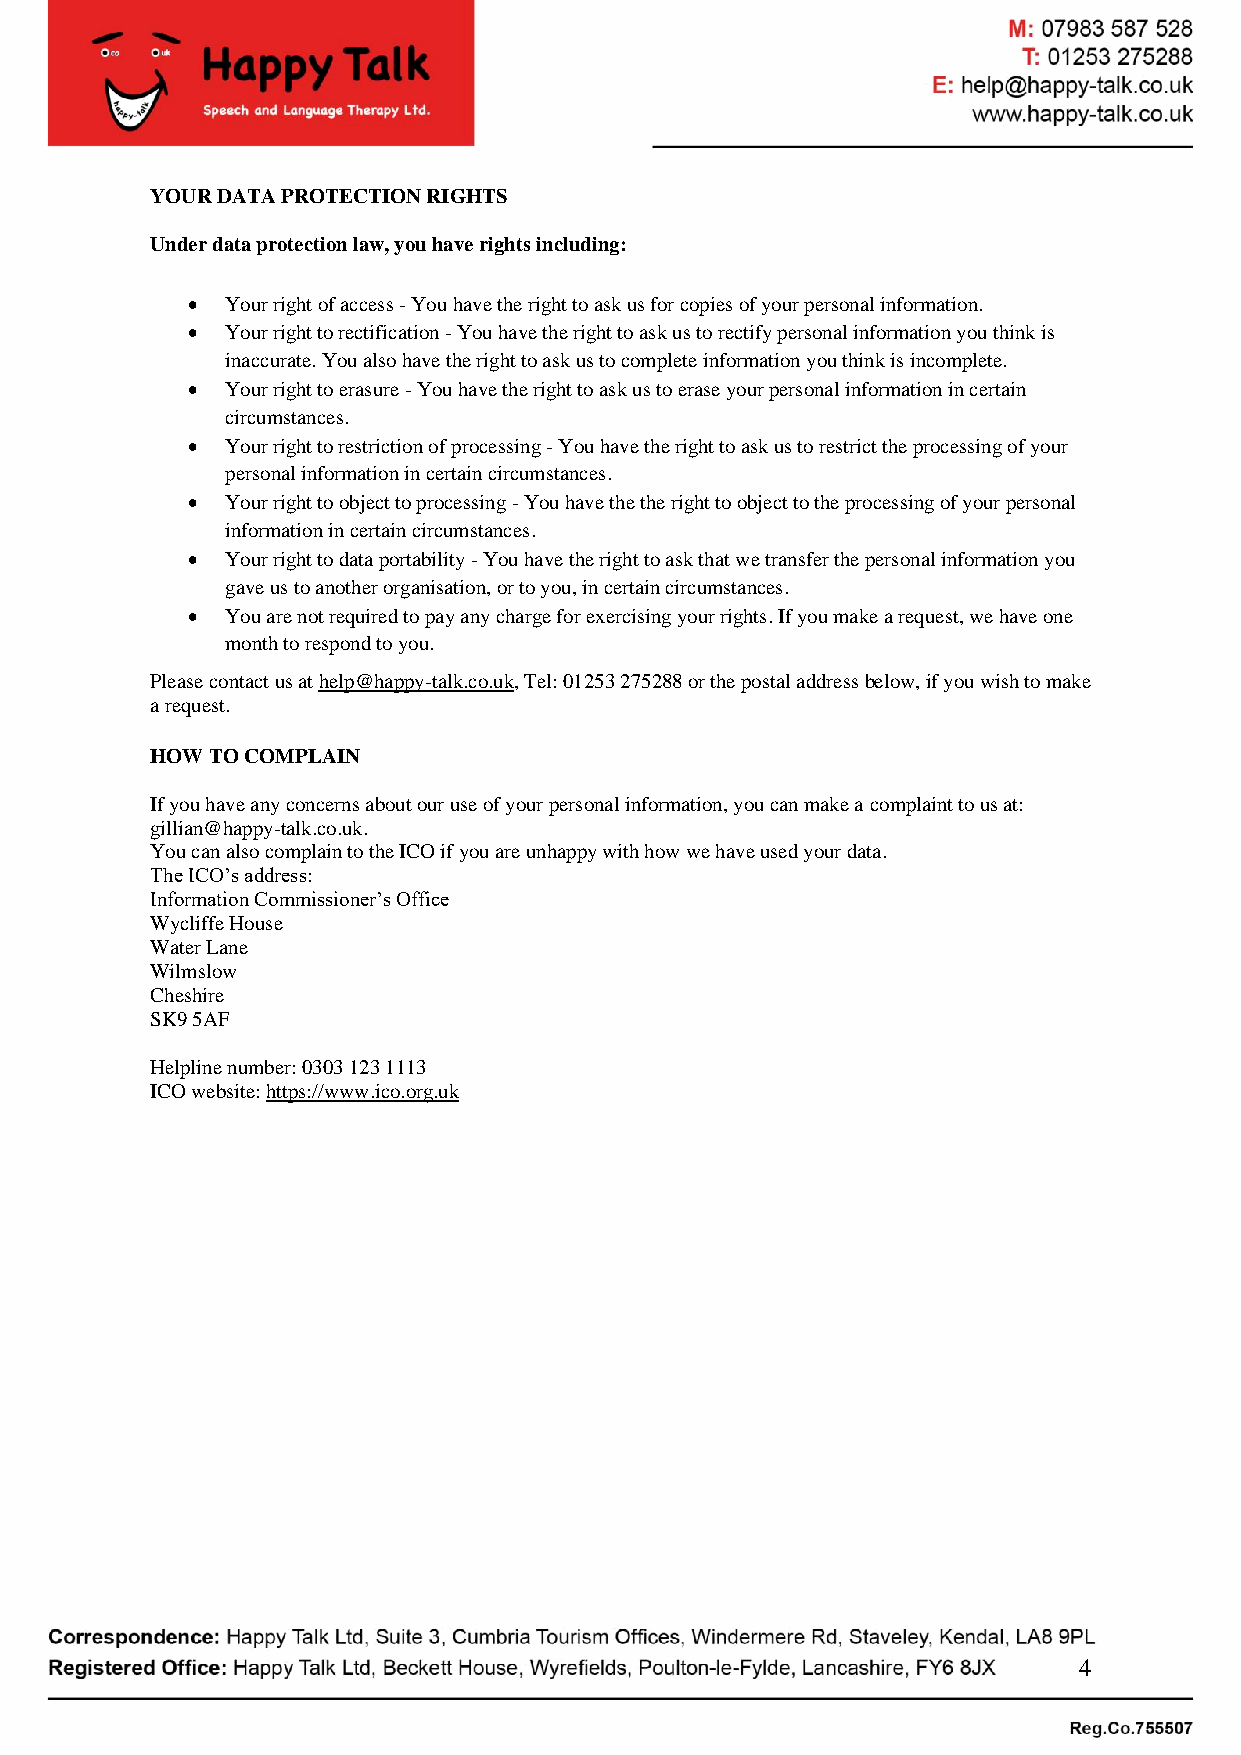
YOUR DATA PROTECTION RIGHTS
 Under data protection law, you have rights including:
 •  Your right of access - You have the right to ask us for copies of your personal information.
 •  Your right to rectification - You have the right to ask us to rectify personal information you think is
 inaccurate. You also have the right to ask us to complete information you think is incomplete.
 •  Your right to erasure - You have the right to ask us to erase your personal information in certain
 circumstances.
 •  Your right to restriction of processing - You have the right to ask us to restrict the processing of your
 personal information in certain circumstances.
 •  Your right to object to processing - You have the the right to object to the processing of your personal
 information in certain circumstances.
 •  Your right to data portability - You have the right to ask that we transfer the personal information you
 gave us to another organisation, or to you, in certain circumstances.
 •  You are not required to pay any charge for exercising your rights. If you make a request, we have one
 month to respond to you.
 Please contact us at help@happy-talk.co.uk, Tel: 01253 275288 or the postal address below, if you wish to make
 a request.
 HOW TO COMPLAIN
 If you have any concerns about our use of your personal information, you can make a complaint to us at:
 gillian@happy-talk.co.uk.
 You can also complain to the ICO if you are unhappy with how we have used your data.
 The ICO’s address:
 Information Commissioner’s Office
 Wycliffe House
 Water Lane
 Wilmslow
 Cheshire
 SK9 5AF
 Helpline number: 0303 123 1113
 ICO website: https://www.ico.org.uk
 4